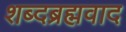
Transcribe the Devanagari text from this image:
शब्दब्रह्मवाद